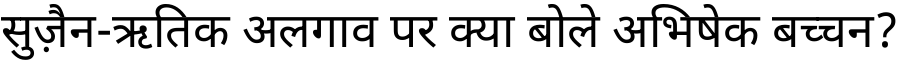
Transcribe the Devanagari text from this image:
सुज़ैन-ऋतिक अलगाव पर क्या बोले अभिषेक बच्चन?